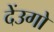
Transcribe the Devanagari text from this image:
देंउगो